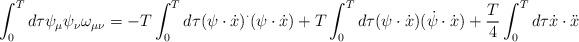
LaTeX: \begin{align*}\int_0^Td\tau \psi_\mu\psi_\nu\omega_{\mu\nu}=-T\int_0^Td\tau(\psi\cdot\dot{x})^\cdot(\psi\cdot\dot{x})+T\int_0^Td\tau(\psi\cdot\dot{x})(\dot{\psi}\cdot\dot{x})+{T\over 4}\int_0^Td\tau\dot{x}\cdot\ddot{x}\end{align*}